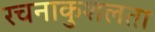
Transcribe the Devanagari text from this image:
रचनाकुशलता